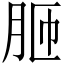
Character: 𦚗